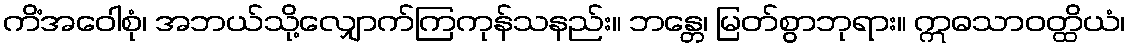
ကိံအဝေါစုံ၊ အဘယ်သို့လျှောက်ကြကုန်သနည်း။ ဘန္တေ၊ မြတ်စွာဘုရား။ ဣဓသာဝတ္ထိယံ၊